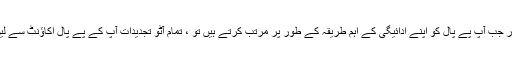
ایک بار جب آپ پے پال کو اپنے ادائیگی کے اہم طریقہ کے طور پر مرتب کرتے ہیں تو ، تمام آٹو تجدیدات آپ کے پے پال اکاؤنٹ سے لیں گیں۔